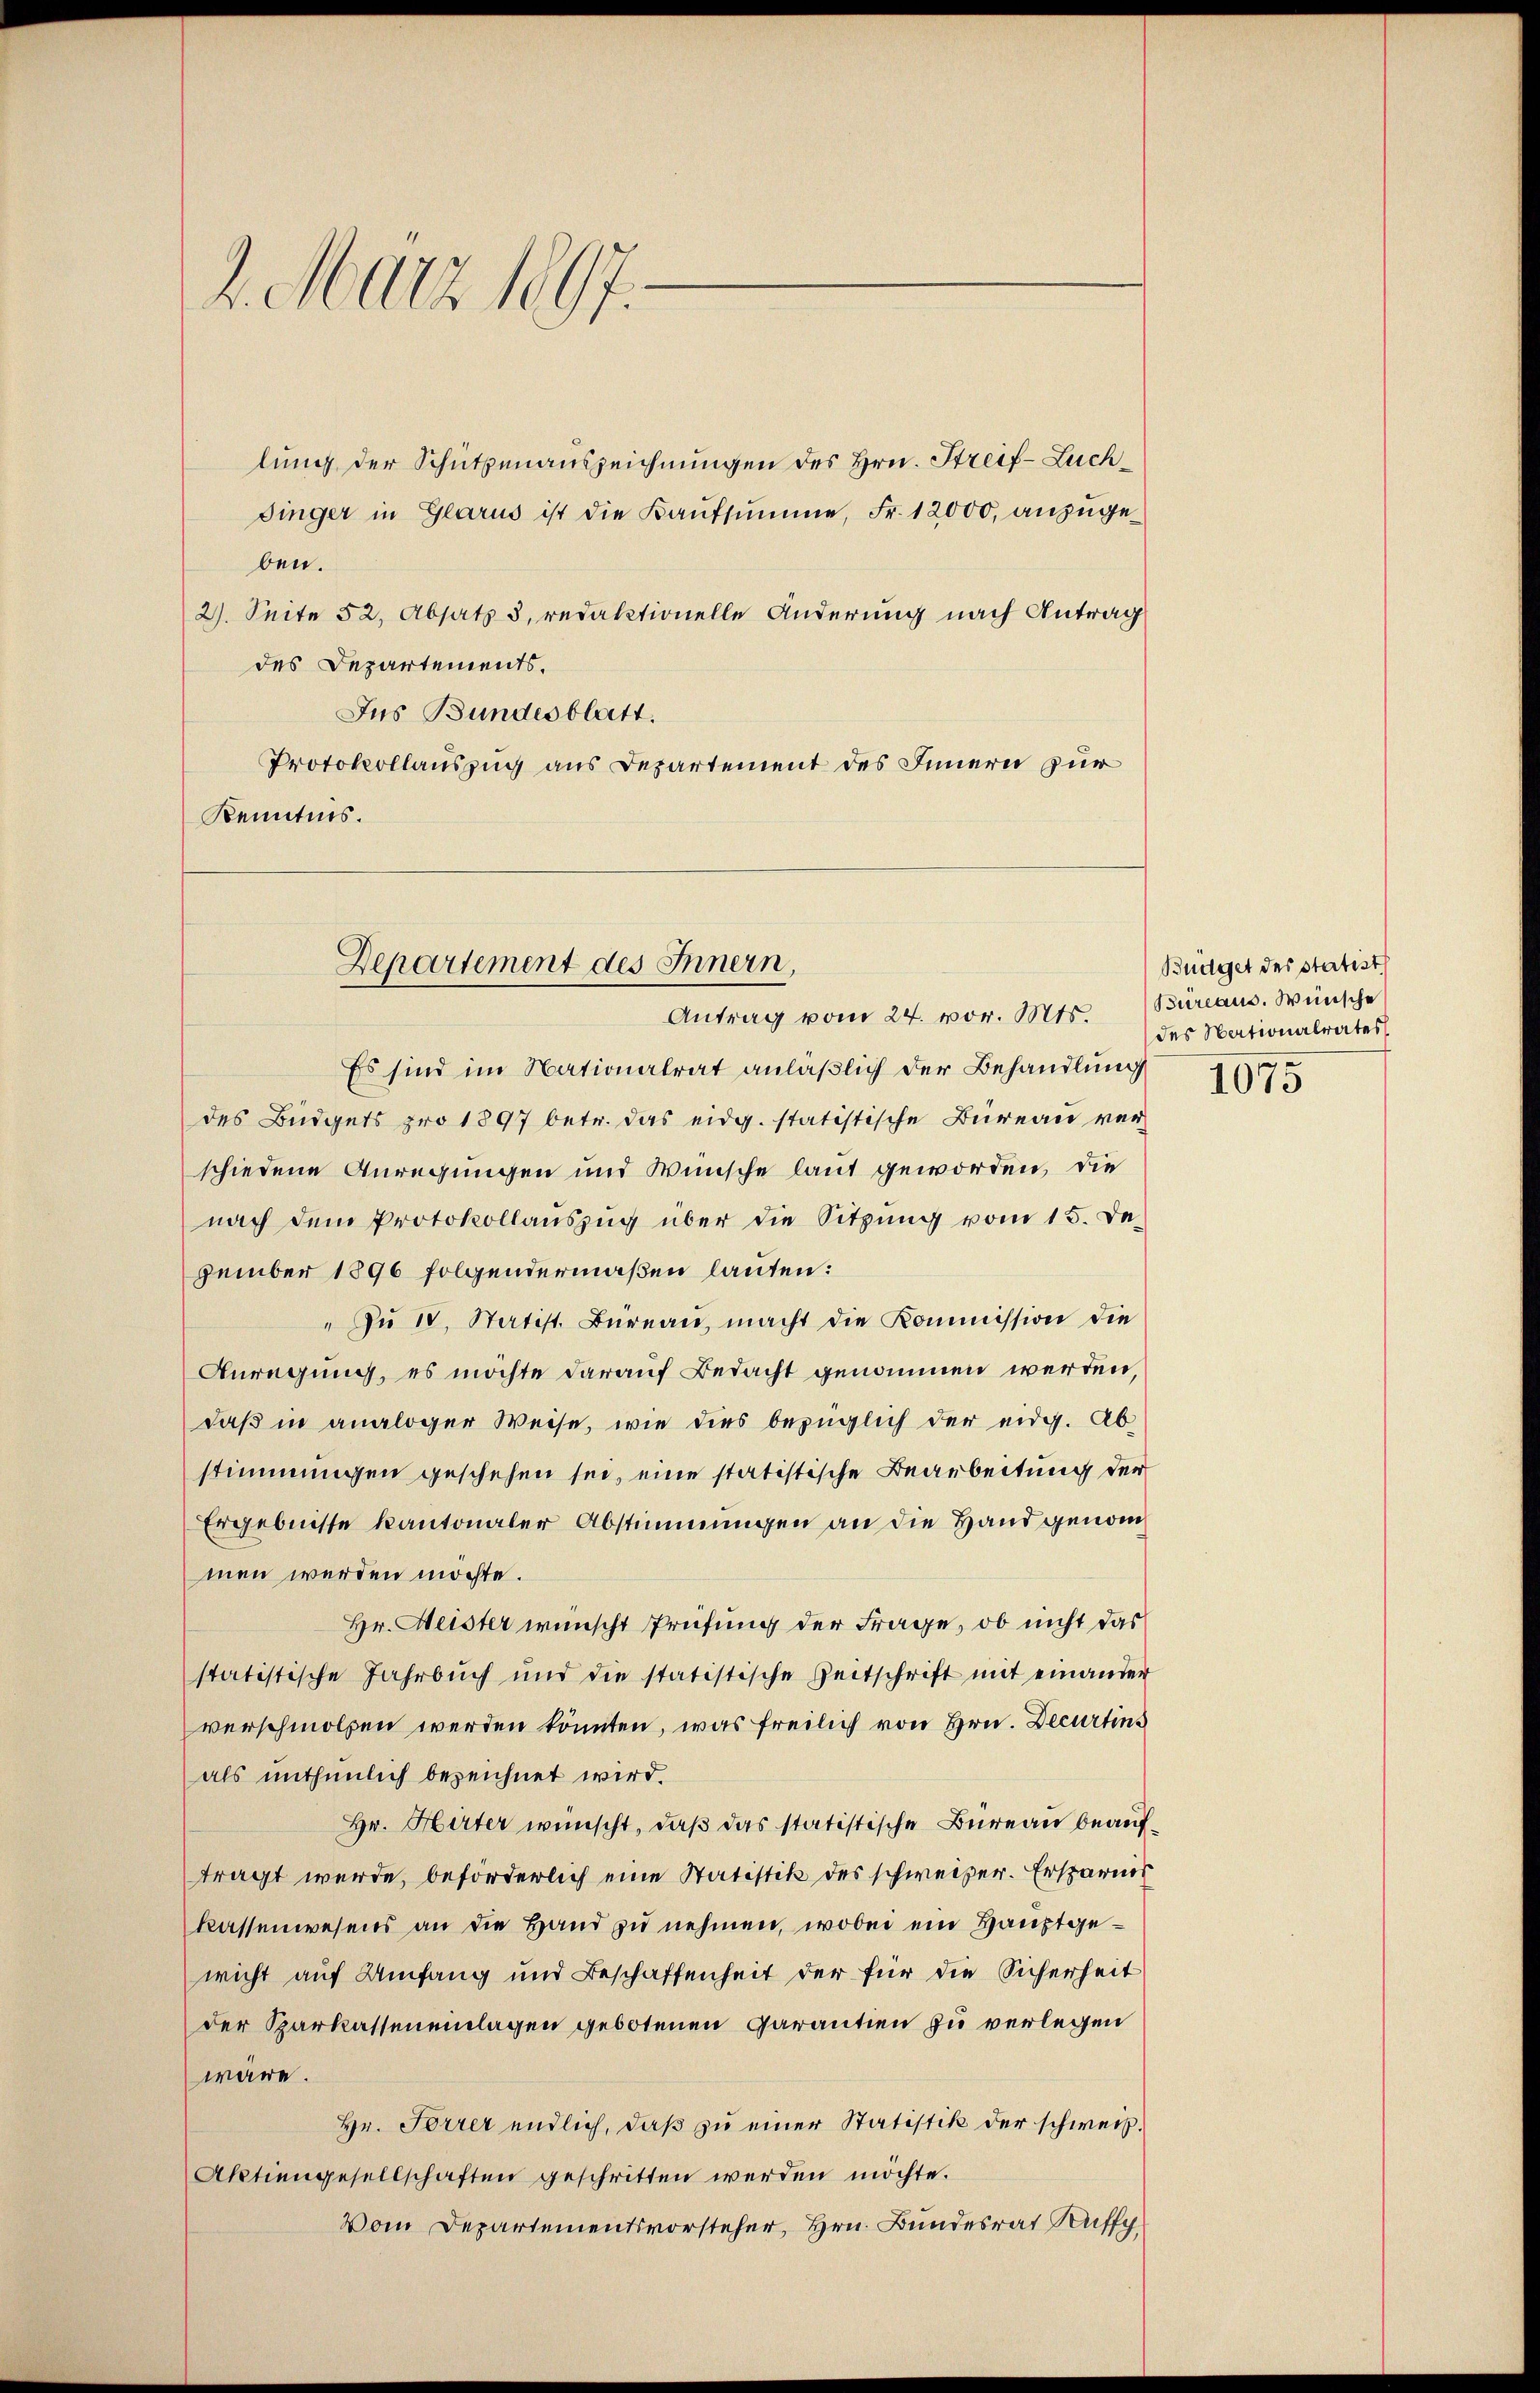
2. März 1897.

lung der Schützenauszeichnungen des Hrn. Streif-Luch¬
Dinger in Glarus ist die Kaufsumme, Fr. 12000, anzugeben.
2). Seite 52. Absatz 3, redaktionelle Änderung nach Antrag
des Departements,
Jus Bundesblatt.
Protokollauszug aus Departement des Innern zur
Kenntnis.

Departement des Innern,

Antrag vom 24. vor. Mts. Bureaus. Wünsche
Es sind im Nationalrat anläßlich der Behandlung
des Büdgets pro 1897 betr. das eidg. statistische Büreau verschiedene Anregungen und Wünsche laut geworden, die
nach dem Protokollaŭszŭg über die Sitzŭng vom 15. De
zember 1896 folgendermaßen lauten:
"Zŭ 10, Statist. Büreau, macht die Kommission die
Anregung, es möchte darauf Bedacht genommen werden,
daß in analoger Weise, wie dies bezüglich der eidg. Ab-
stimmungen geschehen sei, eine statistische Bearbeitung der
Ergebnisse kantonaler Abstimmungen an die Hand genommen werden möchte.
Hr. Meister wünscht Prüfung der Frage, ob nicht das
statistische Jahrbuch und die statistische Zeitschrift mit einander
verschmollen werden könnten, was freilich von Hrn. Decurtins
als unthümlich bezeichnet wird.
Hr. Hirter wünscht, daß das statistische Bureau beauftragt werde, beforderlich eine Statistik des schweizer. Ersparnis
kassenwesens an die Hand zu nehmen, wobei ein Hauptgewicht auf Umfang und Beschaffenheit der für die Sicherheit
der Sparkasseneinlagen gebotenen Garantien zu verlegen
wäre.
Hr. Forrer endlich, daß zu einer Statistik der schweiz.
Aktiengesellschaften geschritten werden möchte.
Vom Departementsvorsteher, Hrn. Bundesrat Ruffg

Büdget des statist
des Nationalrates

1075